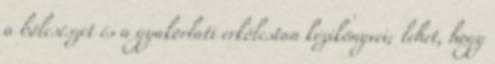
a bölcsészet és a gyakorlati erkölcstan kézikönyvei; lehet, hogy